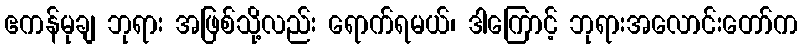
ဧကန်မုချ ဘုရား အဖြစ်သို့လည်း ရောက်ရမယ်၊ ဒါကြောင့် ဘုရားအလောင်းတော်က